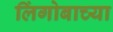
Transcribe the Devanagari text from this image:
लिंगोबाच्या